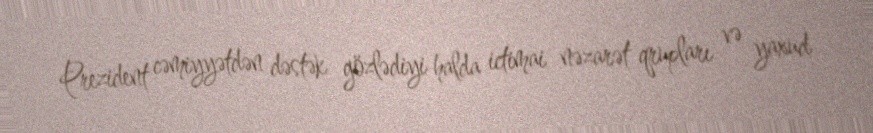
Prezident cəmiyyətdən dəstək gözlədiyi halda ictimai nəzarət qrupları və yaxud